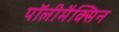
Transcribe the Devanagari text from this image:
पॉलीमैक्सिन